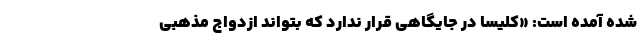
شده آمده است: «کلیسا در جایگاهی قرار ندارد که بتواند ازدواج مذهبی